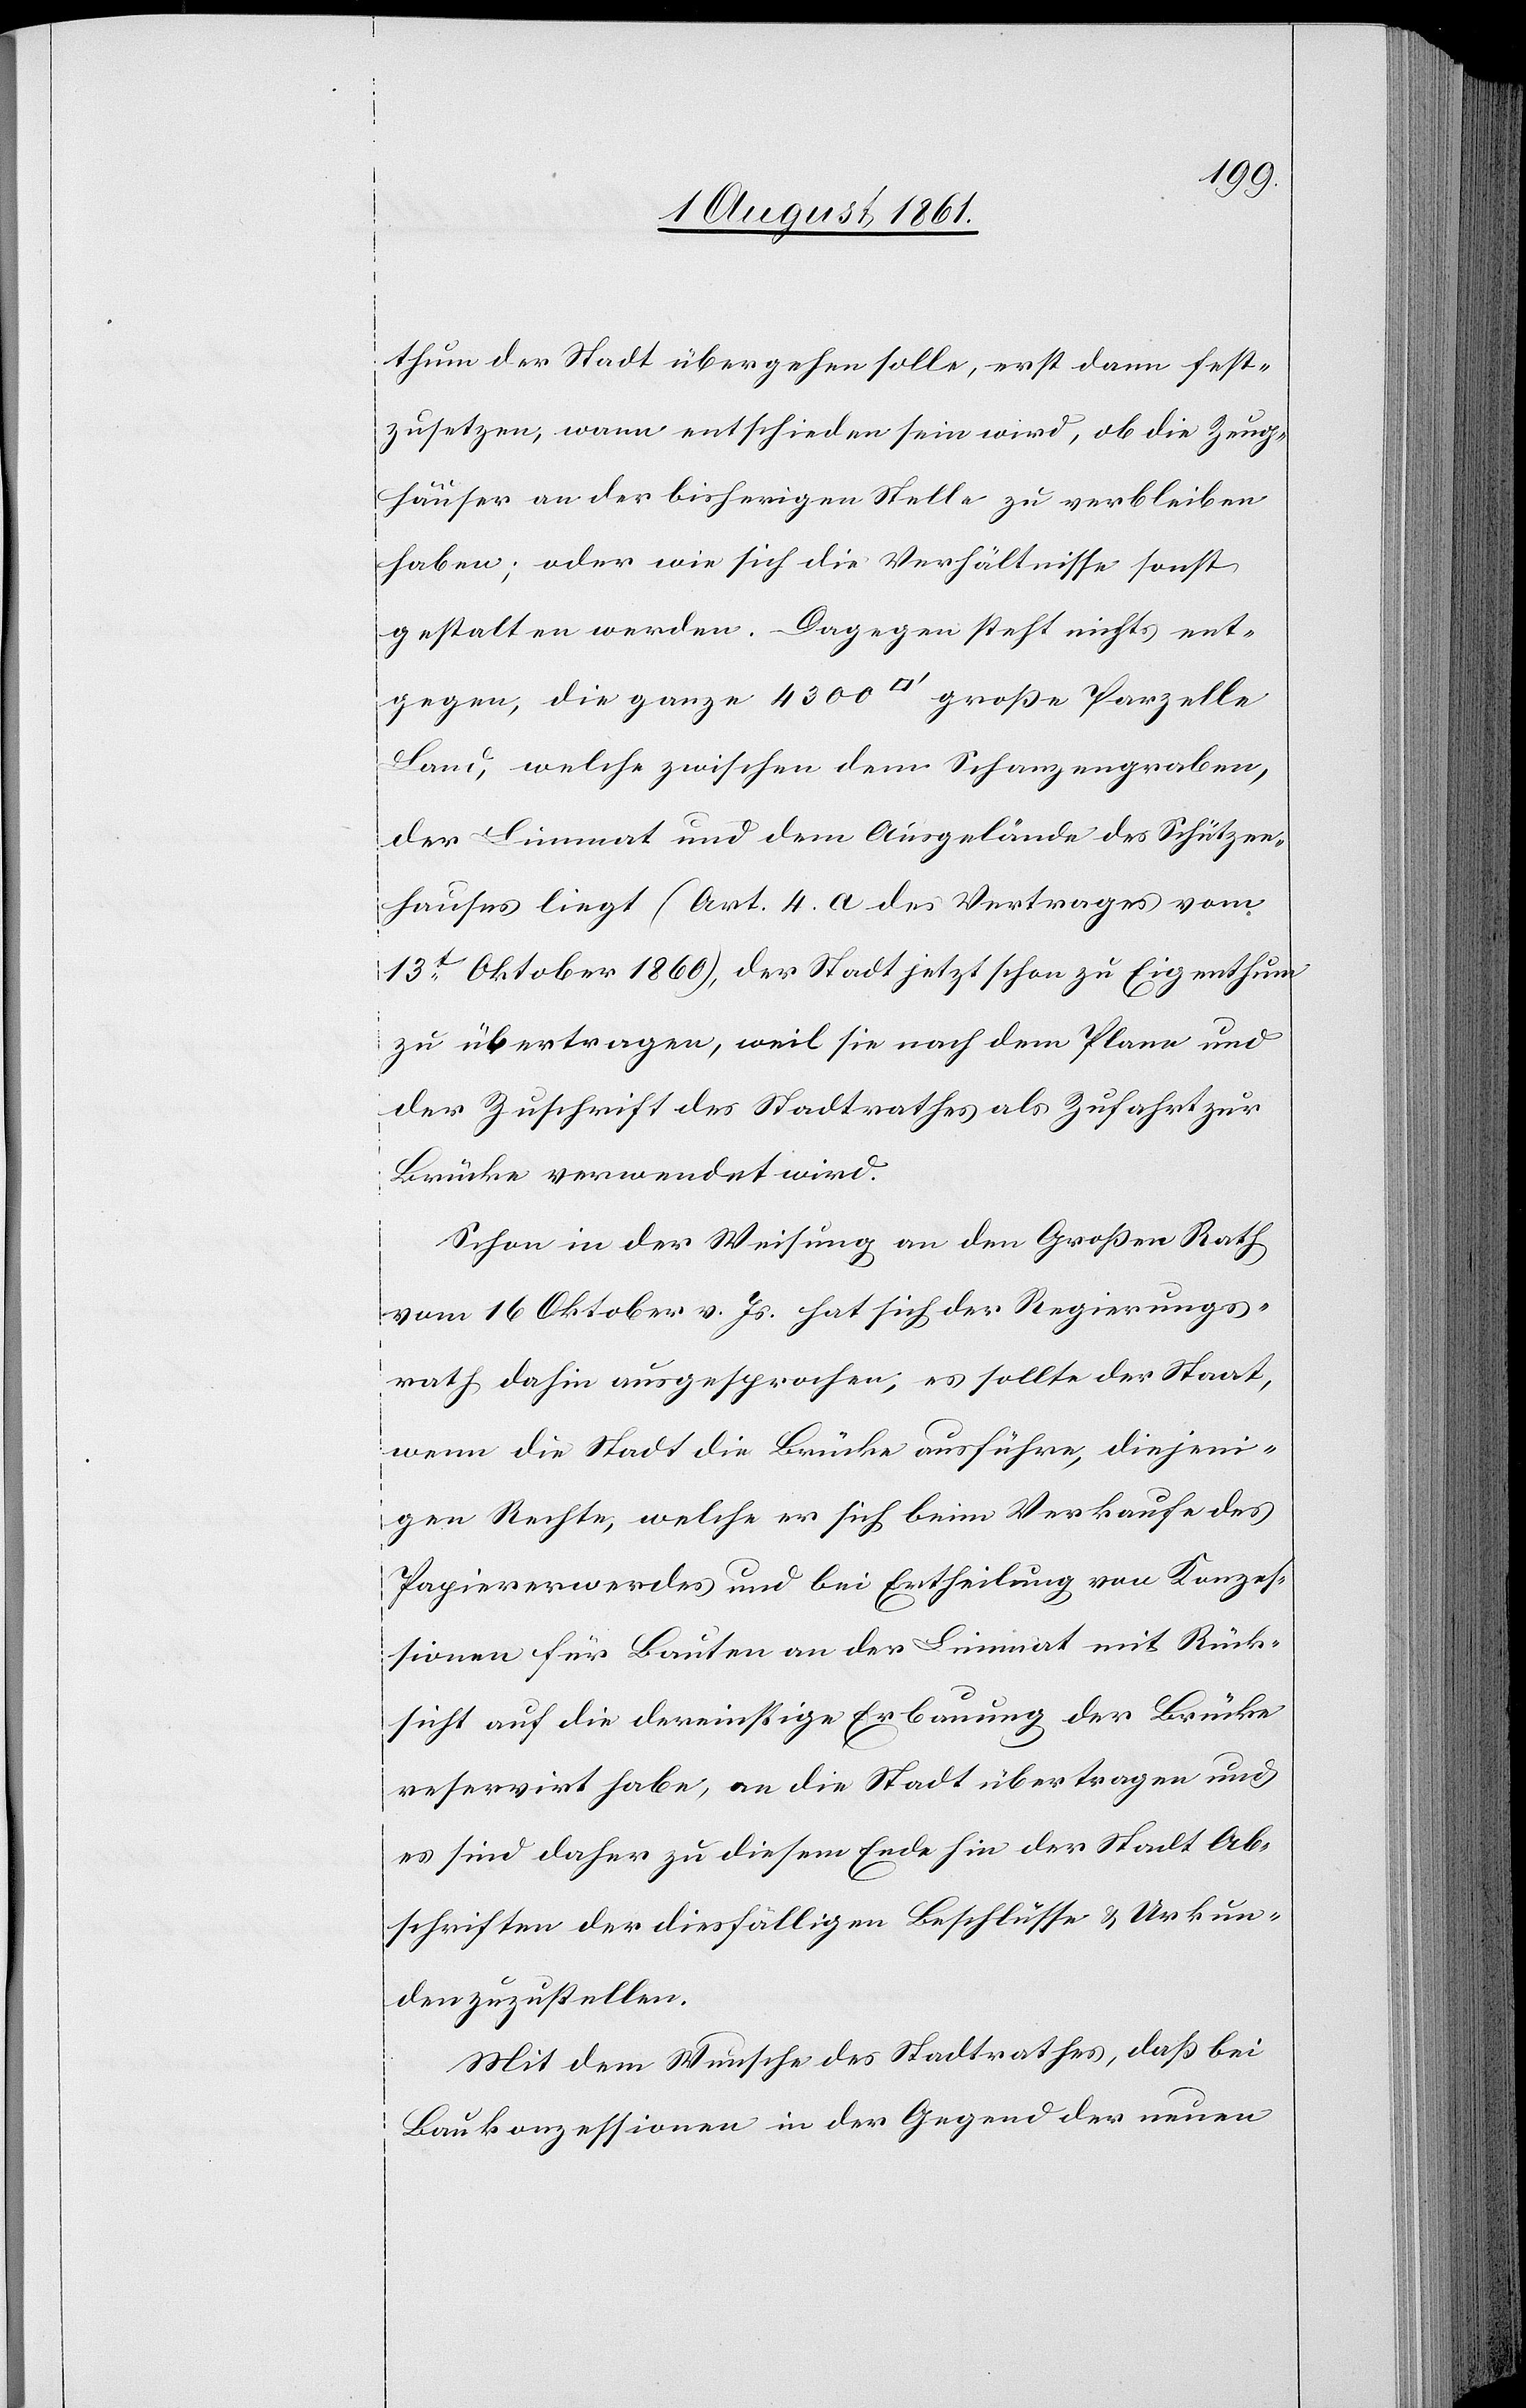
thum der Stadt übergehen solle, erst dann fest¬
zusetzen, wann entschieden sein wird, ob die Zeug¬
häuser an der bisherigen Stelle zu verbleiben
haben; oder wie sich die Verhältnisse sonst
gestalten werden. Dagegen steht nicht ent¬
gegen, die ganze 4300 [Quadratfuß] große Parzelle
Land, welche zwischen dem Schanzengraben,
der Limmat und dem Ausgelände des Schützen¬
hauses liegt (Art. 4 a. des Vertrages vom
13t Oktober 1860), der Stadt jetzt schon zu Eigenthum
zu übertragen, weil sie nach dem Plane und
der Zuschrift des Stadtrathes als Zufahrt zur
Brücke verwendet wird.
Schon in der Weisung an den Großen Rath
vom 16 Oktober v. Js. hat sich der Regierungs¬
rath dafür ausgesprochen, es sollte der Staat,
wenn die Stadt die Brücke ausführe, diejeni¬
gen Rechte, welche er sich beim Verkaufe des
Papiererwerdes und bei Ertheilung von Konzes¬
sionen für Bauten an der Limmat mit Rück¬
sicht auf die dereinstige Erbauung der Brücke
reservirt habe, an die Stadt übertragen und
es sind daher zu diesem Ende hin der Stadt Ab¬
schriften der diesfälligen Beschlüsse u. Urkun¬
den zuzustellen.
Mit dem Wunsche des Stadtrathes, daß bei
Baukonzessionen in der Gegend der neuen